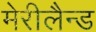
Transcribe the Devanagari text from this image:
मेरीलैन्ड